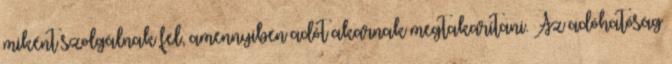
miként szolgálnak fel, amennyiben adót akarnak megtakarítani. Az adóhatóság